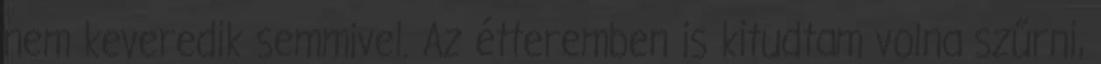
nem keveredik semmivel. Az étteremben is kitudtam volna szűrni,